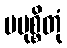
ပမုစ္စိတုံ